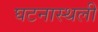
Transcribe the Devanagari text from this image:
घटनास्थली